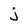
Character: j